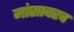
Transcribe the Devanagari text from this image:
मांसावरच